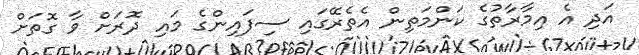
އަދި އެ އިމާރާތުގެ ކަންމަތިން އެތެރޭގައި ސިފައިންގެ މައި ދޮރަށް ވާ ގޮތަށް